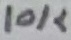
Text: 10K